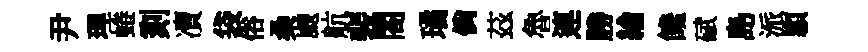
尹理蜷刻凟袋俗桑颼航裴閤璚倘茲魯連勝綸饞碔島派頴